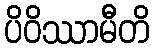
ပိဝိဿာမီတိ